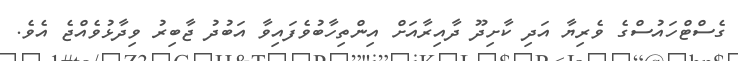
ގެސްޓްހައުސްގެ ވެރިޔާ އަދި ކާށިދޫ ދާއިރާއަށް އިންތިހާބުވެފައިވާ އަބުދު ޖާބިރު ވިދާޅުވެއްޖެ އެވެ.